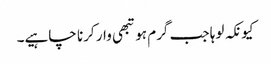
کیونکہ لوہا جب گرم ہو تبھی وار کرنا چاہیے۔